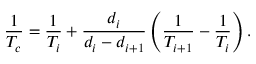
{ \frac { 1 } { T _ { c } } } = { \frac { 1 } { T _ { i } } } + { \frac { d _ { i } } { d _ { i } - d _ { i + 1 } } } \left( { \frac { 1 } { T _ { i + 1 } } } - { \frac { 1 } { T _ { i } } } \right) .